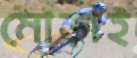
মোড়াই